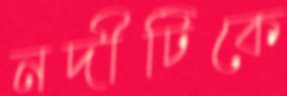
নদীটিকে